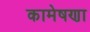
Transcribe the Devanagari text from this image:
कामेषणा